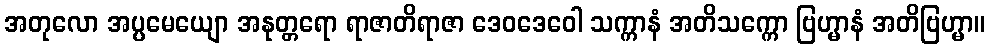
အတုလော အပ္ပမေယျော အနုတ္တရော ရာဇာတိရာဇာ ဒေဝဒေဝေါ သက္ကာနံ အတိသက္ကော ဗြဟ္မာနံ အတိဗြဟ္မာ။